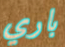
باري